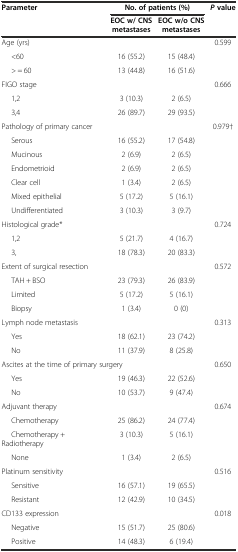
<table><thead><tr><td><b>Parameter</b></td><td colspan="2"><b>No. of patients (%)</b></td><td><b><i>P</i>value</b></td></tr><tr><td></td><td><b>EOC w/ CNS metastases</b></td><td><b>EOC w/o CNS metastases</b></td><td></td></tr></thead><tbody><tr><td>Age (yrs)</td><td></td><td></td><td>0.599</td></tr><tr><td>&lt;60</td><td>16 (55.2)</td><td>15 (48.4)</td><td></td></tr><tr><td>&gt; = 60</td><td>13 (44.8)</td><td>16 (51.6)</td><td></td></tr><tr><td>FIGO stage</td><td></td><td></td><td>0.666</td></tr><tr><td>1,2</td><td>3 (10.3)</td><td>2 (6.5)</td><td></td></tr><tr><td>3,4</td><td>26 (89.7)</td><td>29 (93.5)</td><td></td></tr><tr><td colspan="2">Pathology of primary cancer</td><td></td><td>0.979†</td></tr><tr><td>Serous</td><td>16 (55.2)</td><td>17 (54.8)</td><td></td></tr><tr><td>Mucinous</td><td>2 (6.9)</td><td>2 (6.5)</td><td></td></tr><tr><td>Endometrioid</td><td>2 (6.9)</td><td>2 (6.5)</td><td></td></tr><tr><td>Clear cell</td><td>1 (3.4)</td><td>2 (6.5)</td><td></td></tr><tr><td>Mixed epithelial</td><td>5 (17.2)</td><td>5 (16.1)</td><td></td></tr><tr><td>Undifferentiated</td><td>3 (10.3)</td><td>3 (9.7)</td><td></td></tr><tr><td colspan="2">Histological grade*</td><td></td><td>0.724</td></tr><tr><td>1,2</td><td>5 (21.7)</td><td>4 (16.7)</td><td></td></tr><tr><td>3,</td><td>18 (78.3)</td><td>20 (83.3)</td><td></td></tr><tr><td colspan="2">Extent of surgical resection</td><td></td><td>0.572</td></tr><tr><td>TAH + BSO</td><td>23 (79.3)</td><td>26 (83.9)</td><td></td></tr><tr><td>Limited</td><td>5 (17.2)</td><td>5 (16.1)</td><td></td></tr><tr><td>Biopsy</td><td>1 (3.4)</td><td>0 (0)</td><td></td></tr><tr><td colspan="2">Lymph node metastasis</td><td></td><td>0.313</td></tr><tr><td>Yes</td><td>18 (62.1)</td><td>23 (74.2)</td><td></td></tr><tr><td>No</td><td>11 (37.9)</td><td>8 (25.8)</td><td></td></tr><tr><td colspan="3">Ascites at the time of primary surgery</td><td>0.650</td></tr><tr><td>Yes</td><td>19 (46.3)</td><td>22 (52.6)</td><td></td></tr><tr><td>No</td><td>10 (53.7)</td><td>9 (47.4)</td><td></td></tr><tr><td>Adjuvant therapy</td><td></td><td></td><td>0.674</td></tr><tr><td>Chemotherapy</td><td>25 (86.2)</td><td>24 (77.4)</td><td></td></tr><tr><td>Chemotherapy + Radiotherapy</td><td>3 (10.3)</td><td>5 (16.1)</td><td></td></tr><tr><td>None</td><td>1 (3.4)</td><td>2 (6.5)</td><td></td></tr><tr><td colspan="2">Platinum sensitivity</td><td></td><td>0.516</td></tr><tr><td>Sensitive</td><td>16 (57.1)</td><td>19 (65.5)</td><td></td></tr><tr><td>Resistant</td><td>12 (42.9)</td><td>10 (34.5)</td><td></td></tr><tr><td colspan="2">CD133 expression</td><td></td><td>0.018</td></tr><tr><td>Negative</td><td>15 (51.7)</td><td>25 (80.6)</td><td></td></tr><tr><td>Positive</td><td>14 (48.3)</td><td>6 (19.4)</td><td></td></tr></tbody></table>